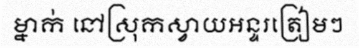
ម្នាក់ នៅស្រុកស្វាយអន្ទរត្រៀមៗ